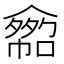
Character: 𠐂